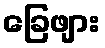
ခြေဖျား